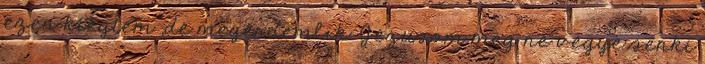
ezen kiégtem ,de megérdemlik. Jézusom meg ne vegye senki